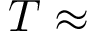
T \approx